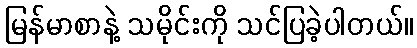
မြန်မာစာနဲ့ သမိုင်းကို သင်ပြခဲ့ပါတယ်။